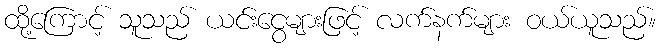
ထို့ကြောင့် သူသည် ယင်းငွေများဖြင့် လက်နက်များ ဝယ်ယူသည်။